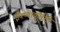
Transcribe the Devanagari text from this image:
ईक्ष्वाकुवंशी